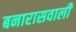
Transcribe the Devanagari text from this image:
बनारासवाली